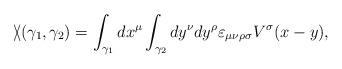
LaTeX: \begin{align*}\backslash\!\!\!\slash(\gamma_1,\gamma_2)=\int_{\gamma_1}dx^\mu\int_{\gamma_2}dy^\nu dy^\rho\varepsilon_{\mu\nu\rho\sigma}V^\sigma(x-y),\end{align*}